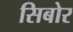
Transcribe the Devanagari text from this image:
सिबोर